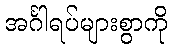
အင်္ဂါရပ်များစွာကို